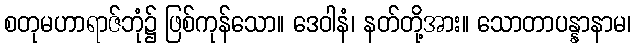
စတုမဟာရာဇ်ဘုံ၌ ဖြစ်ကုန်သော။ ဒေဝါနံ၊ နတ်တို့အား။ သောတာပန္နာနာမ၊